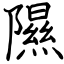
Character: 隰